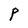
Character: P